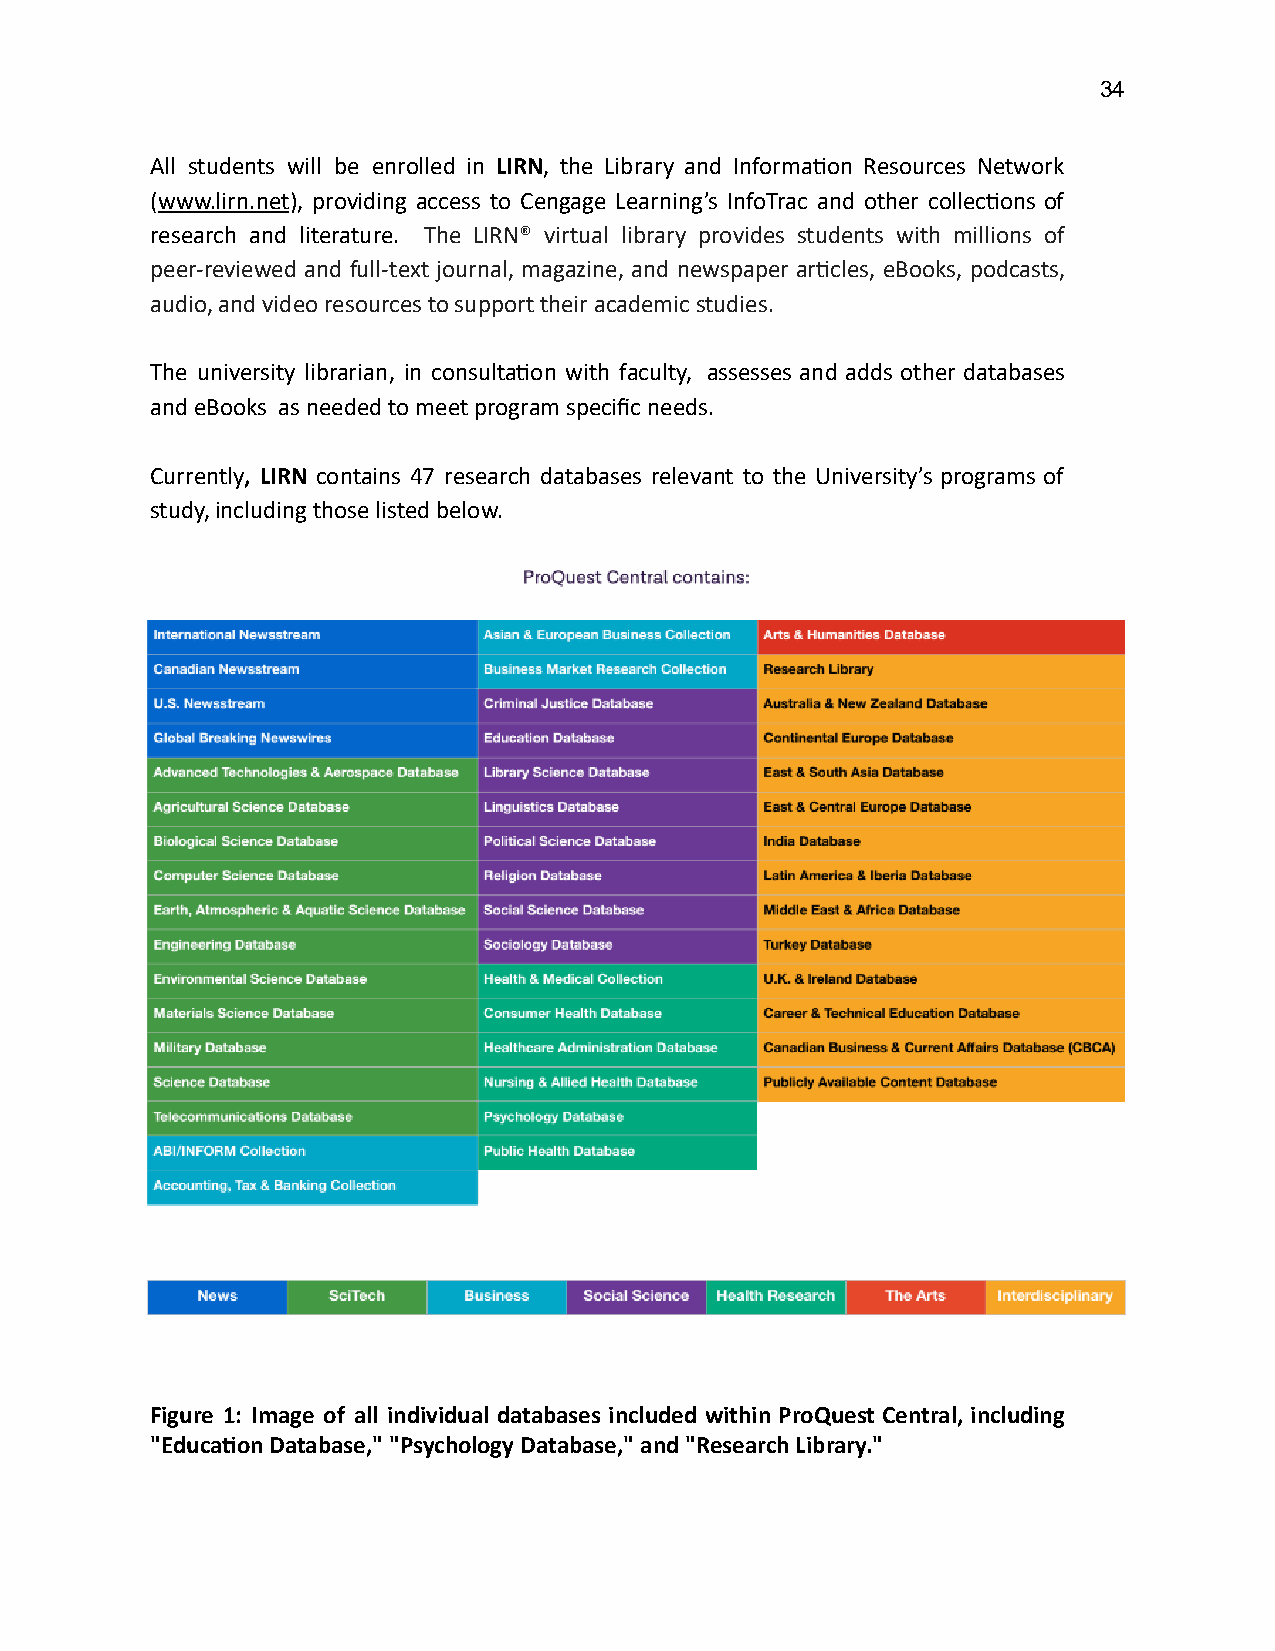
34
 All students will be enrolled in LIRN , the Library and Informaon Resources Network
 ( w ww.lirn.net ) , providing access to Cengage Learning’s InfoTrac and other collecons of
 research and literature. The LIRN® virtual library provides students with millions of
 peer-reviewed and full-text journal, magazine, and newspaper arcles, eBooks, podcasts,
 audio, and video resources to support their academic studies.
 The university librarian, in consultaon with faculty, assesses and adds other databases
 and eBooks as needed to meet program specific needs.
 Currently , LIRN contains 47 research databases relevant to the University’s programs of
 study, including those listed below.
 Figure 1: Image of all individual databases included within ProQuest Central, including
 "Educaon Database," "Psychology Database," and "Research Library."